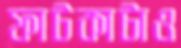
ফাটকাটাও